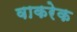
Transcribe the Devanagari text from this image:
वाकरेक